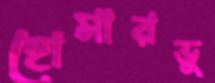
হোমারভু